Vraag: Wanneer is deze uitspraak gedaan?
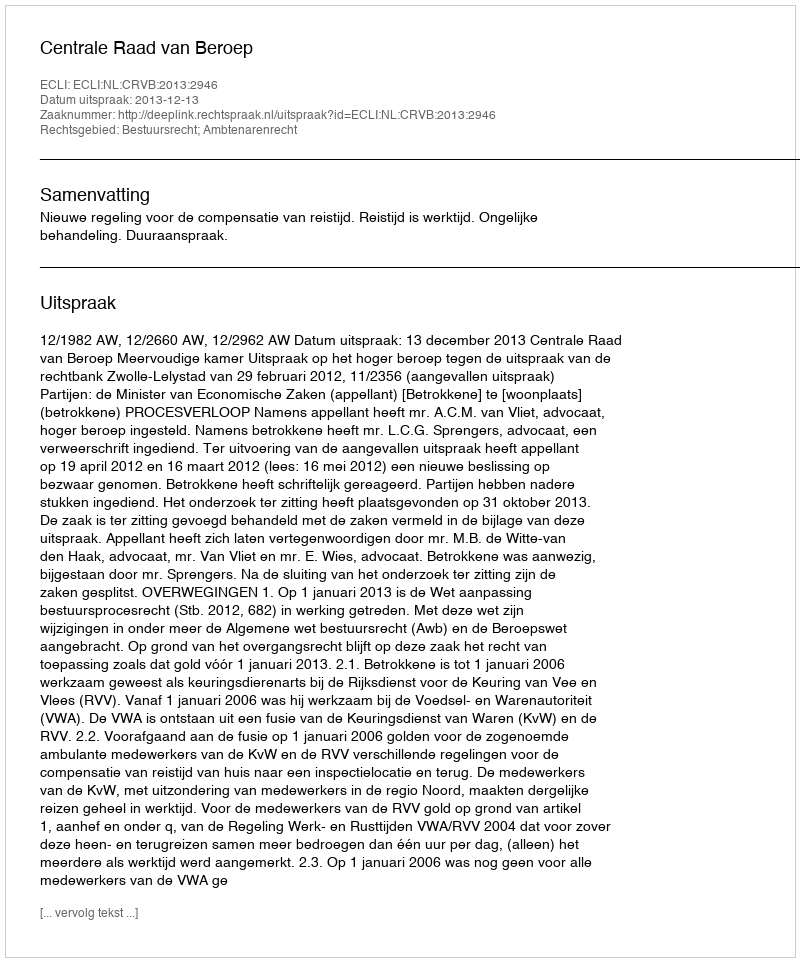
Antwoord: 2013-12-13